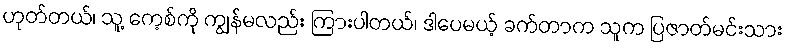
ဟုတ်တယ်၊ သူ့ ကေ့စ်ကို ကျွန်မလည်း ကြားပါတယ်၊ ဒါပေမယ့် ခက်တာက သူက ပြဇာတ်မင်းသား